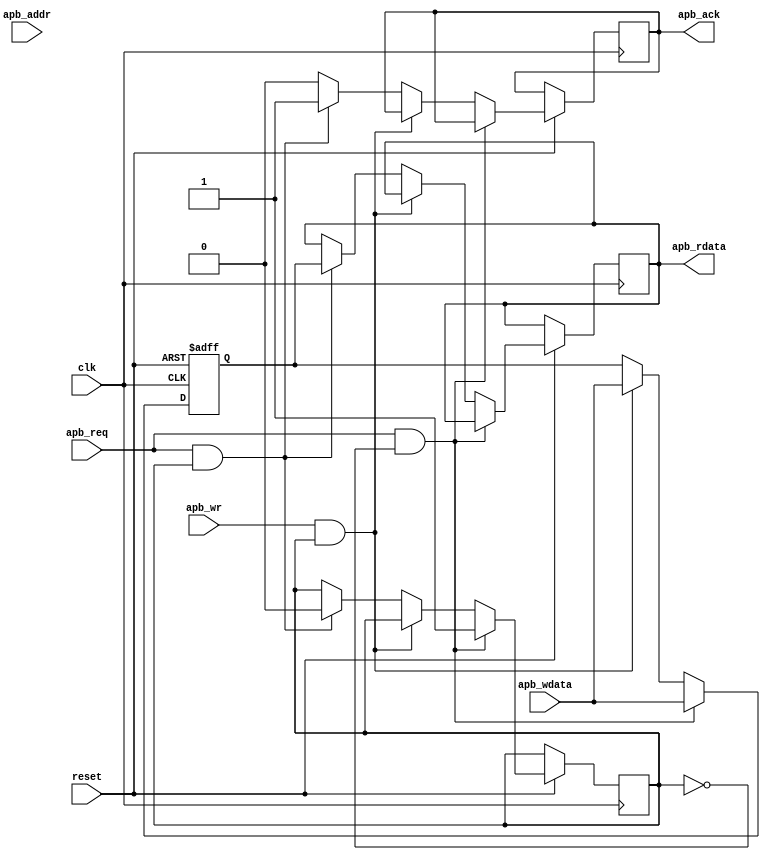
module apb_controller (
    input wire clk,
    input wire reset,
    input wire apb_req,
    input wire [31:0] apb_addr,
    input wire [31:0] apb_wdata,
    input wire apb_wr,
    output wire apb_ack,
    output wire [31:0] apb_rdata
);

// Define internal signals and registers
reg [31:0] internal_reg;
reg apb_busy;

// Clock domain crossing synchronization module
always @(posedge clk or negedge reset) begin
    if (!reset) begin
        internal_reg <= 32'b0;
    end else if (apb_req && !apb_busy) begin
        internal_reg <= apb_wdata;
        apb_busy <= 1'b1;
    end else if (apb_wr && apb_busy) begin
        internal_reg <= apb_wdata;
    end else if (apb_req && apb_busy) begin
        apb_rdata <= internal_reg;
        apb_ack <= 1'b1;
        apb_busy <= 1'b0;
    end else begin
        apb_ack <= 1'b0;
    end
end

endmodule